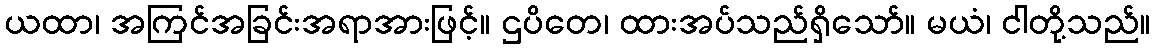
ယထာ၊ အကြင်အခြင်းအရာအားဖြင့်။ ဌပိတေ၊ ထားအပ်သည်ရှိသော်။ မယံ၊ ငါတို့သည်။